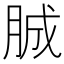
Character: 𦛙